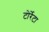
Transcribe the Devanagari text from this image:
टोर्रेटा